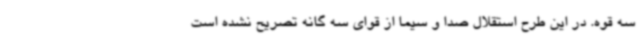
سه قوه. در این طرح استقلال صدا و سیما از قوای سه گانه تصریح نشده است